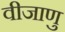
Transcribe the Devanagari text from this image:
वीजाणु